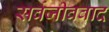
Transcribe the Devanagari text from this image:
सर्वजीववाद